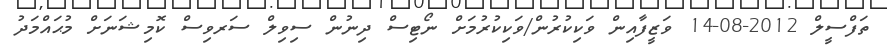
ތަފްސީލް 2012-08-14 ވަޒީފާއިން ވަކިކުރުން/ވަކިކުރުމަށް ނޯޓިސް ދިނުން ސިވިލް ސަރވިސް ކޮމިޝަނަށް މުޙައްމަދު